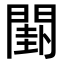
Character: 𨵗